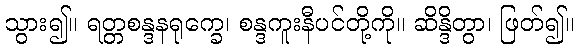
သွား၍။ ရတ္တစန္ဒနရုက္ခေ၊ စန္ဒကူးနီပင်တို့ကို။ ဆိန္ဒိတွာ၊ ဖြတ်၍။